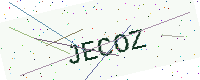
Text: JECOZ